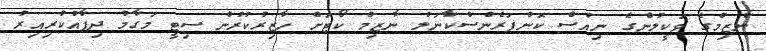
ނާޒިމްގެ ވަކީލުންގެ ނިއުސް ކޮންފަރެންސްކާނަލް ނާޒިމް ކޯޓަށް ހާޒިރުކުރުން ސިޓީ މަގާމު ދިފާއުކުރިއިރު